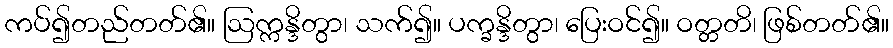
ကပ်၍တည်တတ်၏။ ဩက္ကန္ဒိတွာ၊ သက်၍။ ပက္ခန္ဒိတွာ၊ ပြေးဝင်၍။ ဝတ္တတိ၊ ဖြစ်တတ်၏။